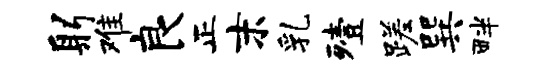
躬难良正末乳殪蹉巽畔